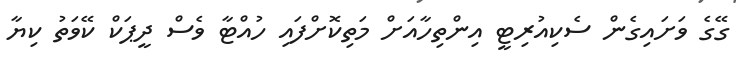
ގޭގެ ވަށައިގެން ސެކިއުރިޓީ އިންތިހާއަށް މަތިކޮށްފައި ހުއްޓާ ވެސް ދީޕަކް ކޭވަތު ކިޔާ